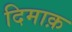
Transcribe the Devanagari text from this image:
दिमाक़